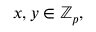
x , y \in \mathbb { Z } _ { p } ,